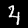
Digit: 4